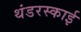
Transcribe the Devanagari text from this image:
थंडरस्काई